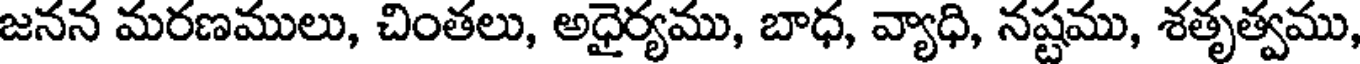
జనన మరణములు, చింతలు, అధైర్యము, బాధ, వ్యాధి, నష్టము, శతృత్వము,